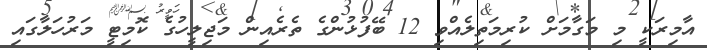
އާމިރަކީ މި މަގާމަށް ކުރިމަތިލެއްވި 12 ބޭފުޅުންގެ ތެރެއިން މަޖިލީހުގެ ކޮމިޓީ މަރުހަލާގައި